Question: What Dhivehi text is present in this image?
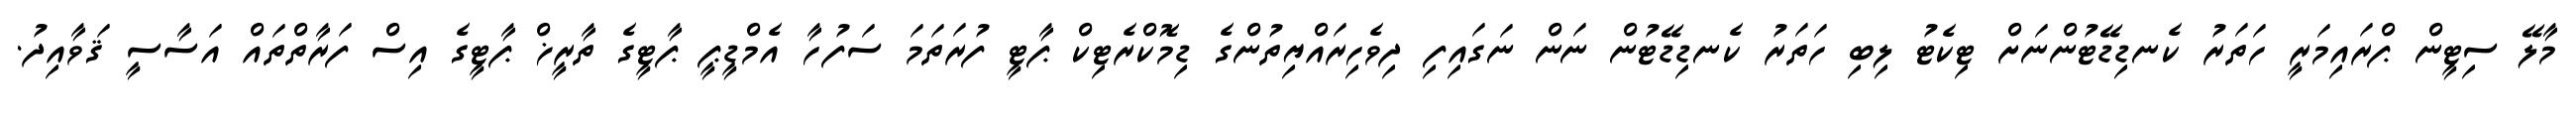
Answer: މާލޭ ސިޓީން ޕްރައިމަރީ ހަތަރު ކެނޑިޑޭޓުންނަށް ޓިކެޓު ލިބި ހަތަރު ކެނޑިޑޭޓުން ނަން ނަގައިފި ދިވެހިރައްޔިތުންގެ ޑިމޮކްރެޓިކް ޕާޓީ ފުރަތަމަ ސަފުހާ އެމްޑީޕީ ޕާޓީގެ ތާރީޚް ޕާޓީގެ އިސް ފަރާތްތައް އަސާސީ ޤަވާއިދު.